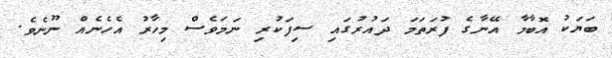
ބަޔަކު އޮބާމާ އޭނާގެ ފުރަތަމަ ދައުރުގައި ސިފަކުރި ނަމަވެސް މިހާރު އެހެނެއް ނޫނެވެ.